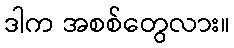
ဒါက အစစ်တွေလား။